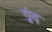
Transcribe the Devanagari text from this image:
गुंद